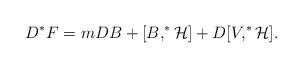
LaTeX: \begin{align*}D^{*}F=mDB+[B,^{*}{\cal H]}+D[V,^{*}{\cal H}]. \end{align*}